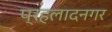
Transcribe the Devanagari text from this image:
प्रहलादनगर